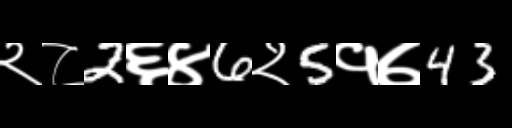
Text: २८2६४6२5१७43